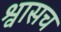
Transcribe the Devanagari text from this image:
श्वासच